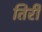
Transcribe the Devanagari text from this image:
तिर्री